On the morphology, teratology, and diclinism of the flowers of cannabis - Number 12
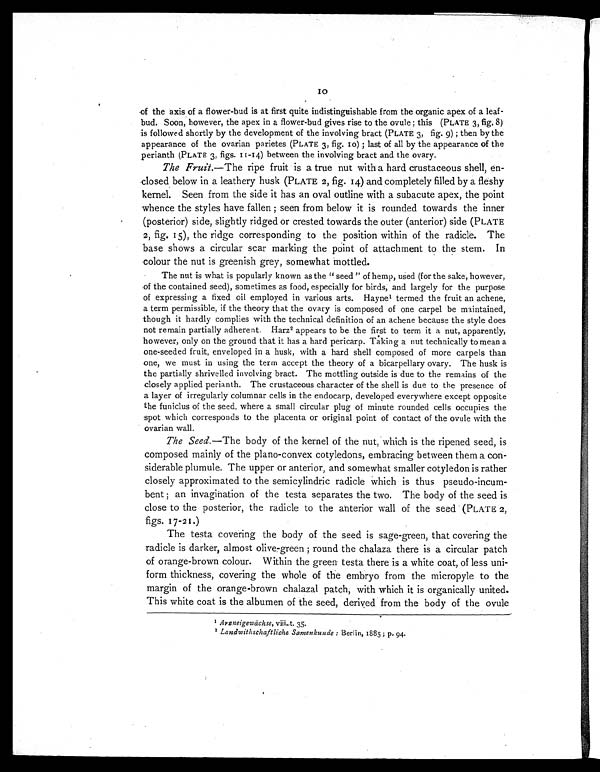
10
of the axis of a flower-bud is at first quite indistinguishable from the organic apex of a leaf-
bud. Soon, however, the apex in a flower-bud gives rise to the ovule ; this (PLATE 3, fig. 8)
is followed shortly by the development of the involving bract (PLATE 3, fig. 9) ; then by the
appearance of the ovarian parietes (PLATE 3, fig. 10) ; last of all by the appearance of the
perianth (PLATE 3, figs. 11-14) between the involving bract and the ovary.
The Fruit. —The ripe fruit is a true nut with a hard crustaceous shell, en-
closed below in a leathery husk (PLATE 2, fig, 14) and completely filled by a fleshy
kernel. Seen from the side it has an oval outline with a subacute apex, the point
whence the styles have fallen ; seen from below it is rounded towards the inner
(posterior) side, slightly ridged or crested towards the outer (anterior) side (PLATE
2, fig. 15), the ridge corresponding to the position within of the radicle. The
base shows a circular scar marking the point of attachment to the stem. In
colour the nut is greenish grey, somewhat mottled.
The nut is what is popularly known as the " seed " of hemp, used (for the sake, however,
of the contained seed), sometimes as food, especially for birds, and largely for the purpose
of expressing a fixed oil employed in various arts. Hayne1 termed the fruit an achene,
a term permissible, if the theory that the ovary is composed of one carpel be maintained,
though it hardly complies with the technical definition of an achene because the style does
not remain partially adherent. Harz 2
appears to be the first to term it a nut, apparently,
however, only on the ground that it has a hard pericarp. Taking a nut technically to mean a
one-seeded fruit, enveloped in a husk, with a hard shell composed of more carpels than
one, we must in using the term accept the theory of a bicarpellary ovary. The husk is
the partially shrivelled involving bract. The mottling outside is due to the remains of the
closely applied perianth. The crustaceous character of the shell is due to the presence of
a layer of irregularly columnar cells in the endocarp, developed everywhere except opposite
the funiclus of the seed, where a small circular plug of minute rounded cells occupies the
spot which corresponds to the placenta or original point of contact of the ovule with the
ovarian wall.
The Seed. —The body of the kernel of the nut, which is the ripened seed, is
composed mainly of the plano-convex cotyledons, embracing between them a con-
siderable plumule. The upper or anterior, and somewhat smaller cotyledon is rather
closely approximated to the semicylindric radicle which is thus pseudo-incum-
bent; an invagination of the testa separates the two. The body of the seed is
close to the posterior, the radicle to the anterior wall of the seed (PLATE 2,
figs. 17-21.)
The testa covering the body of the seed is sage-green, that covering the
radicle is darker, almost olive-green ; round the chalaza there is a circular patch
of orange-brown colour. Within the green testa there is a white coat, of less uni-
form thickness, covering the whole of the embryo from the micropyle to the
margin of the orange-brown chalazal patch, with which it is organically united.
This white coat is the albumen of the seed, derived from the body of the ovule
1 Arsneigewächse, viii. t. 35.
2 Landwithschaftliche Samenkunde : Berlin, 1885 ; p. 94.